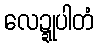
လေဍ္ဍုပါတံ